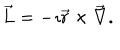
\overrightarrow { L } = - \imath \overrightarrow { r } \times \overrightarrow { \nabla } .